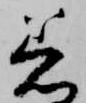
着